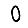
Digit: 0